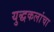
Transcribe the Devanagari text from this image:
युद्धकलांचा